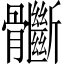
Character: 𩪽